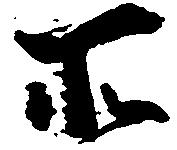
所